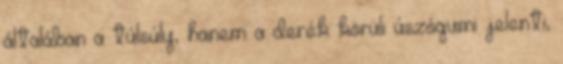
általában a túlsúly, hanem a derék körüli úszógumi jelenti,